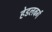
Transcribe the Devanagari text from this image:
हेडलबर्ग